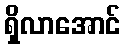
ရှိလာအောင်